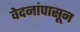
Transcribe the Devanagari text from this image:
वेदनांपासून